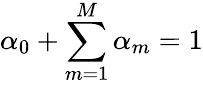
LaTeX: \alpha_{0}+\sum_{m=1}^{M}\alpha_{m}=1